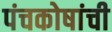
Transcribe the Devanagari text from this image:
पंचकोषांची